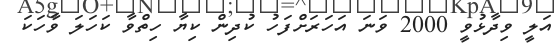
އަލީ ވިދާޅުވީ 2000 ވަނަ އަހަރަށްފަހު ކުދިން ކިޔާ ހިތްވާ ކަހަލަ ވާހަކަ